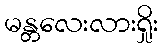
မန္တလေးလားရှိုး